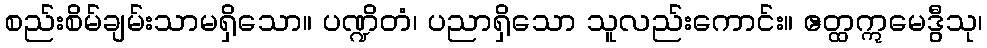
စည်းစိမ်ချမ်းသာမရှိသော။ ပဏ္ဍိတံ၊ ပညာရှိသော သူလည်းကောင်း။ ဧတ္ထဣမေဒွီသု၊